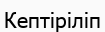
Кептіріліп